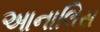
આનાલિસ